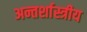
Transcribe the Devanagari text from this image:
अन्तर्शास्त्रीय